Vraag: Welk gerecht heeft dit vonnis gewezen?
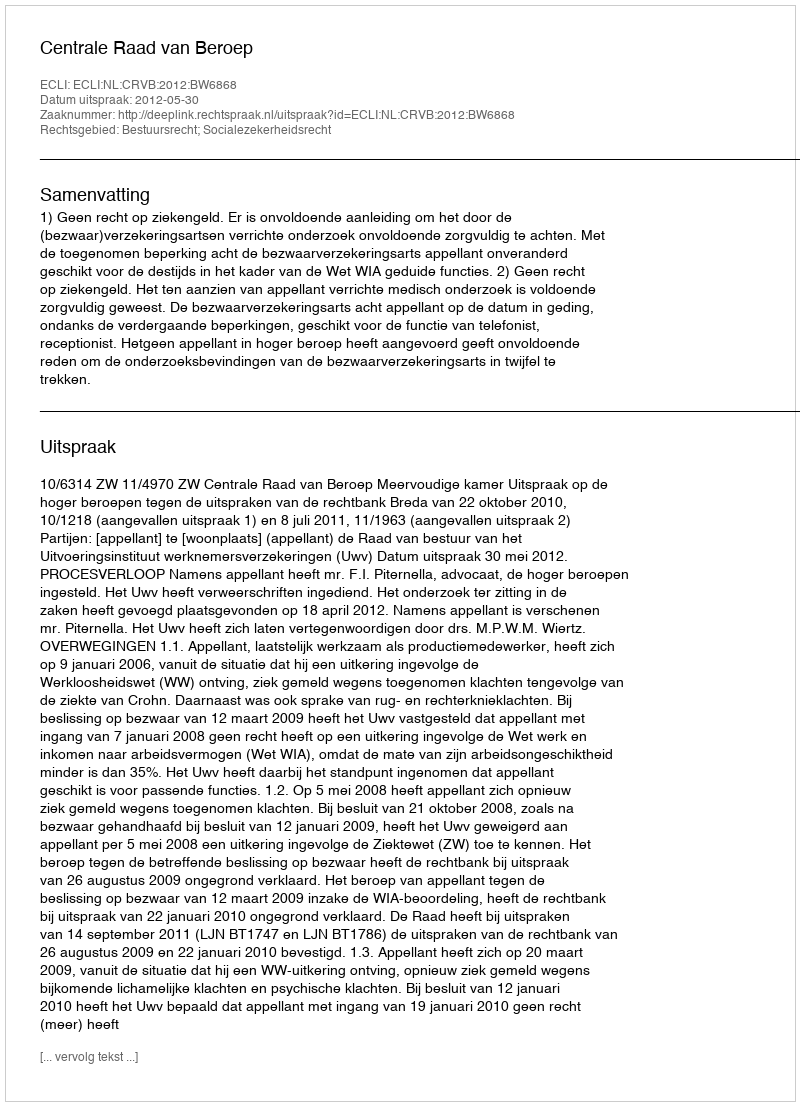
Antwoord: Centrale Raad van Beroep